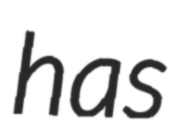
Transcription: has